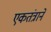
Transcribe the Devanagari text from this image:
एकतंत्राने